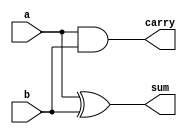
`timescale 1ns / 1ps
//////////////////////////////////////////////////////////////////////////////////
// Company: 
// Engineer: 
// 
// Design Name: 
// Module Name: ha
// Project Name: 
// Target Devices: 
// Tool Versions: 
// Description: 
// 
// Dependencies: 
// 
// Revision:
// Revision 0.01 - File Created
// Additional Comments:
// 
//////////////////////////////////////////////////////////////////////////////////

module ha(
    input a,b,
    output sum,carry
    );
    
    assign sum=a^b;
    assign carry=a&b;
    
endmodule